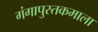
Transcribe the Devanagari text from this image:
गंगापुस्तकमाला